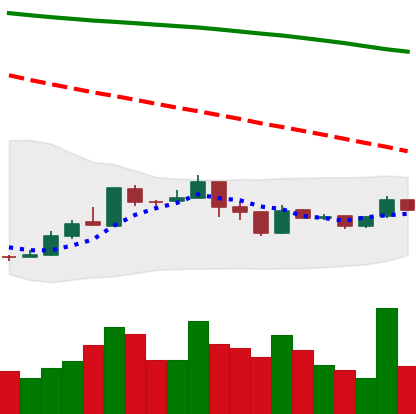
Ticker: XMR-USD
Chart end date: 2019-01-03
Forward return: 6.705%
Label: up_5_7